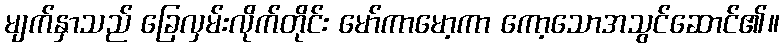
မျက်နှာသည် ခြေလှမ်းလိုက်တိုင်း မော်ကာမော့ကာ ကော့သောအသွင်ဆောင်၏။